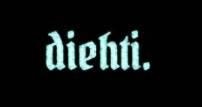
diehti.